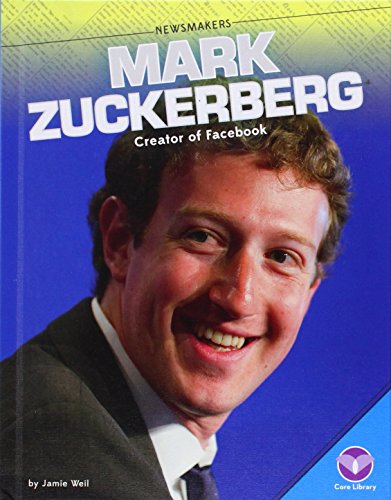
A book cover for Mark Zuckerberg:: Creator of Facebook (Newsmakers); Jamie Weil; Children's Books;